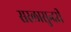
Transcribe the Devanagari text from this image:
सरलासुन्दरी